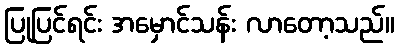
ပြုပြင်ရင်း အမှောင်သန်း လာတော့သည်။